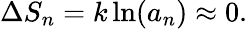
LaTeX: \Delta S_{n}=k\ln(a_{n})\approx 0.